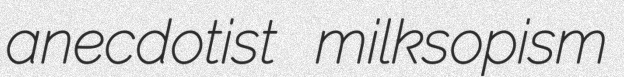
anecdotist milksopism